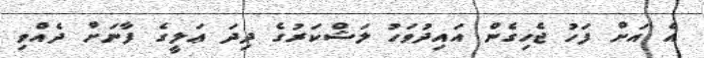
އެ އަށް ފަހު ޖެހިގެން އައިދުވަހު ލަޝްކަރުގެ ދިދަ ޢަލީގެ ފާނަށް ދެއްވި